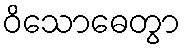
ဝိသောဓေတွာ